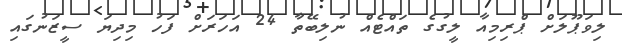
ލިވަޕޫލަށް ޕްރިމިއާ ލީގުގެ ތައްޓެއް ނުލިބޭތާ 24 އަހަރަށް ފަހު މިދިޔަ ސީޒަނުގައި